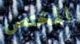
المختص